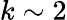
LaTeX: k\sim 2